Document type: Sale
Year: 1305
Scribe: Bernat de Vilarúbia
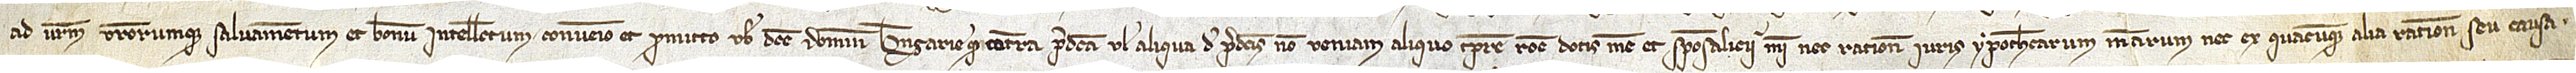
ad vestrum vestrorumque salvamentum et bonum intellectum, convenio et promitto vobis dicte domine Berengarie quod contra predicta vel aliqua de predictis non veniam aliquo tempore, ratione dotis mee et sponsalicii mei nec ratione iuris ypothecarum mearum nec ex quacumque alia ratione seu causa.